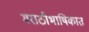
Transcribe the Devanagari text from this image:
मराठीभाषिकात